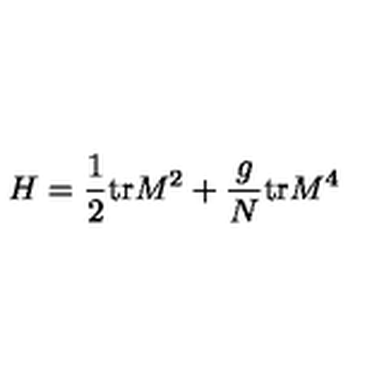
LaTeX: H = \frac { 1 } { 2 } \mathrm { t r } M ^ { 2 } + \frac { g } { N } \mathrm { t r } M ^ { 4 }